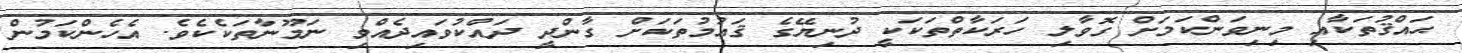
ޙައްޤުތަކާއި މިނިވަންކަމަށް ގޮވާލި ހަރަކާތްތަކަކީ ދުނިޔޭގެ ޤައުމުތަކަށް ގާންދީ ދައްކުވައިދެއްވި ނަމޫނާތަކެކެވެ. އެހެންކަމުން